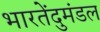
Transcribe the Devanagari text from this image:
भारतेंदुमंडल